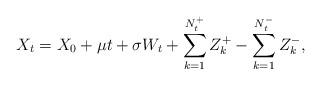
LaTeX: \begin{align*} X_t = X_0 + \mu t+\sigma W_t + \sum_{k=1}^{N^+_t}Z^+_k-\sum_{k=1}^{N^-_t}Z^-_k,\end{align*}